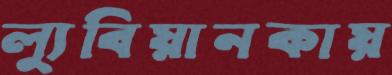
ল্যুবিয়ানকায়